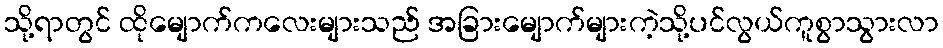
သို့ရာတွင် ထိုမျောက်ကလေးများသည် အခြားမျောက်များကဲ့သို့ပင်လွယ်ကူစွာသွားလာ